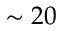
\sim 2 0